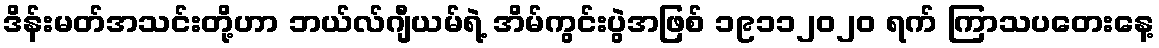
ဒိန်းမတ်အသင်းတို့ဟာ ဘယ်လ်ဂျီယမ်ရဲ့ အိမ်ကွင်းပွဲအဖြစ် ၁၉၁၁၂၀၂၀ ရက် ကြာသပတေးနေ့